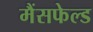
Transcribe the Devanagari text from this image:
मैंसफेल्ड